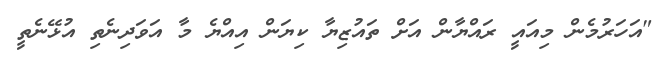
"އަހަރުމެން މިއައީ ރައްޔާން އަށް ތައުޒިޔާ ކިޔަން އިއްޔެ މާ އަވަދިނެތި އުޅޭނެތީ